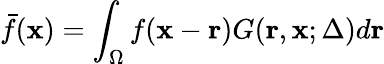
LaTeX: \bar{f}(\mathbf{x})=\int_{\Omega}f(\mathbf{x}-\mathbf{r})G(\mathbf{r},\mathbf{x};\Delta)d\mathbf{r}